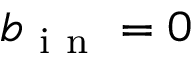
b _ { \mathrm { ~ i ~ n ~ } } = 0